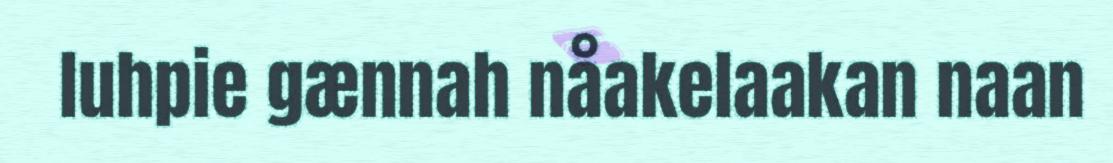
luhpie gænnah nåakelaakan naan